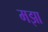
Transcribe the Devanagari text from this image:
मझा